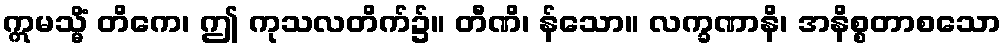
ဣမသ္မိံ တိကေ၊ ဤ ကုသလတိက်၌။ တီဏိ၊ န်သော။ လက္ခဏာနိ၊ အနိစ္စတာစသော